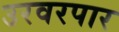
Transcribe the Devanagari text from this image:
उरवरपार